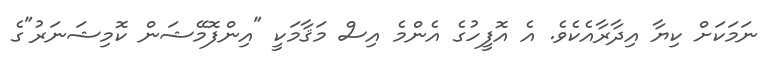
ނަމަކަށް ކިޔާ އިދާރާއެކެވެ. އެ އޮފީހުގެ އެންމެ އިސް މަޤާމަކީ "އިންފޮމޭޝަން ކޮމިޝަނަރު"ގެ